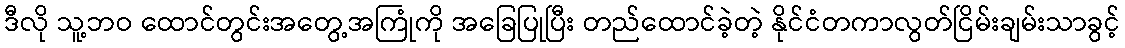
ဒီလို သူ့ဘဝ ထောင်တွင်းအတွေ့အကြုံကို အခြေပြုပြီး တည်ထောင်ခဲ့တဲ့ နိုင်ငံတကာလွတ်ငြိမ်းချမ်းသာခွင့်